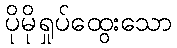
ပိုမိုရှုပ်ထွေးသော